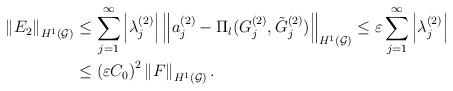
LaTeX: \begin{align*}\left\Vert E_2\right\Vert_{H^1(\mathcal G)}& \leq \sum_{j=1}^{\infty} \left\vert \lambda_j^{(2)}\right\vert \left\Vert a_j^{(2)}-\Pi_l(G_j^{(2)},\tilde G_j^{(2)})\right\Vert_{H^1(\mathcal G)} \leq \varepsilon \sum_{j=1}^{\infty} \left\vert \lambda_j^{(2)}\right\vert\\& \leq \left(\varepsilon C_0\right)^{2}\left\Vert F \right\Vert_{H^1(\mathcal G)}.\end{align*}